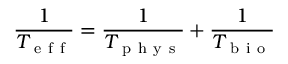
\frac { 1 } { T _ { \mathrm { ~ e ~ f ~ f ~ } } } = \frac { 1 } { T _ { \mathrm { ~ p ~ h ~ y ~ s ~ } } } + \frac { 1 } { T _ { \mathrm { ~ b ~ i ~ o ~ } } }